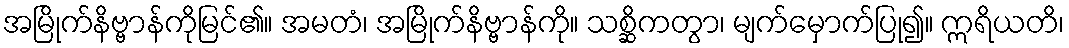
အမြိုက်နိဗ္ဗာန်ကိုမြင်၏။ အမတံ၊ အမြိုက်နိဗ္ဗာန်ကို။ သစ္ဆိကတွာ၊ မျက်မှောက်ပြု၍။ ဣရိယတိ၊